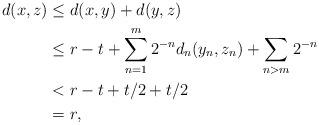
LaTeX: \begin{align*} d(x, z) & \leq d(x, y) + d(y, z)\\& \leq r - t + \sum_{n=1}^{m}2^{-n}d_{n}(y_{n}, z_{n}) + \sum_{n>m}2^{-n}\\& <r - t + t/2 + t/2\\& = r,\end{align*}